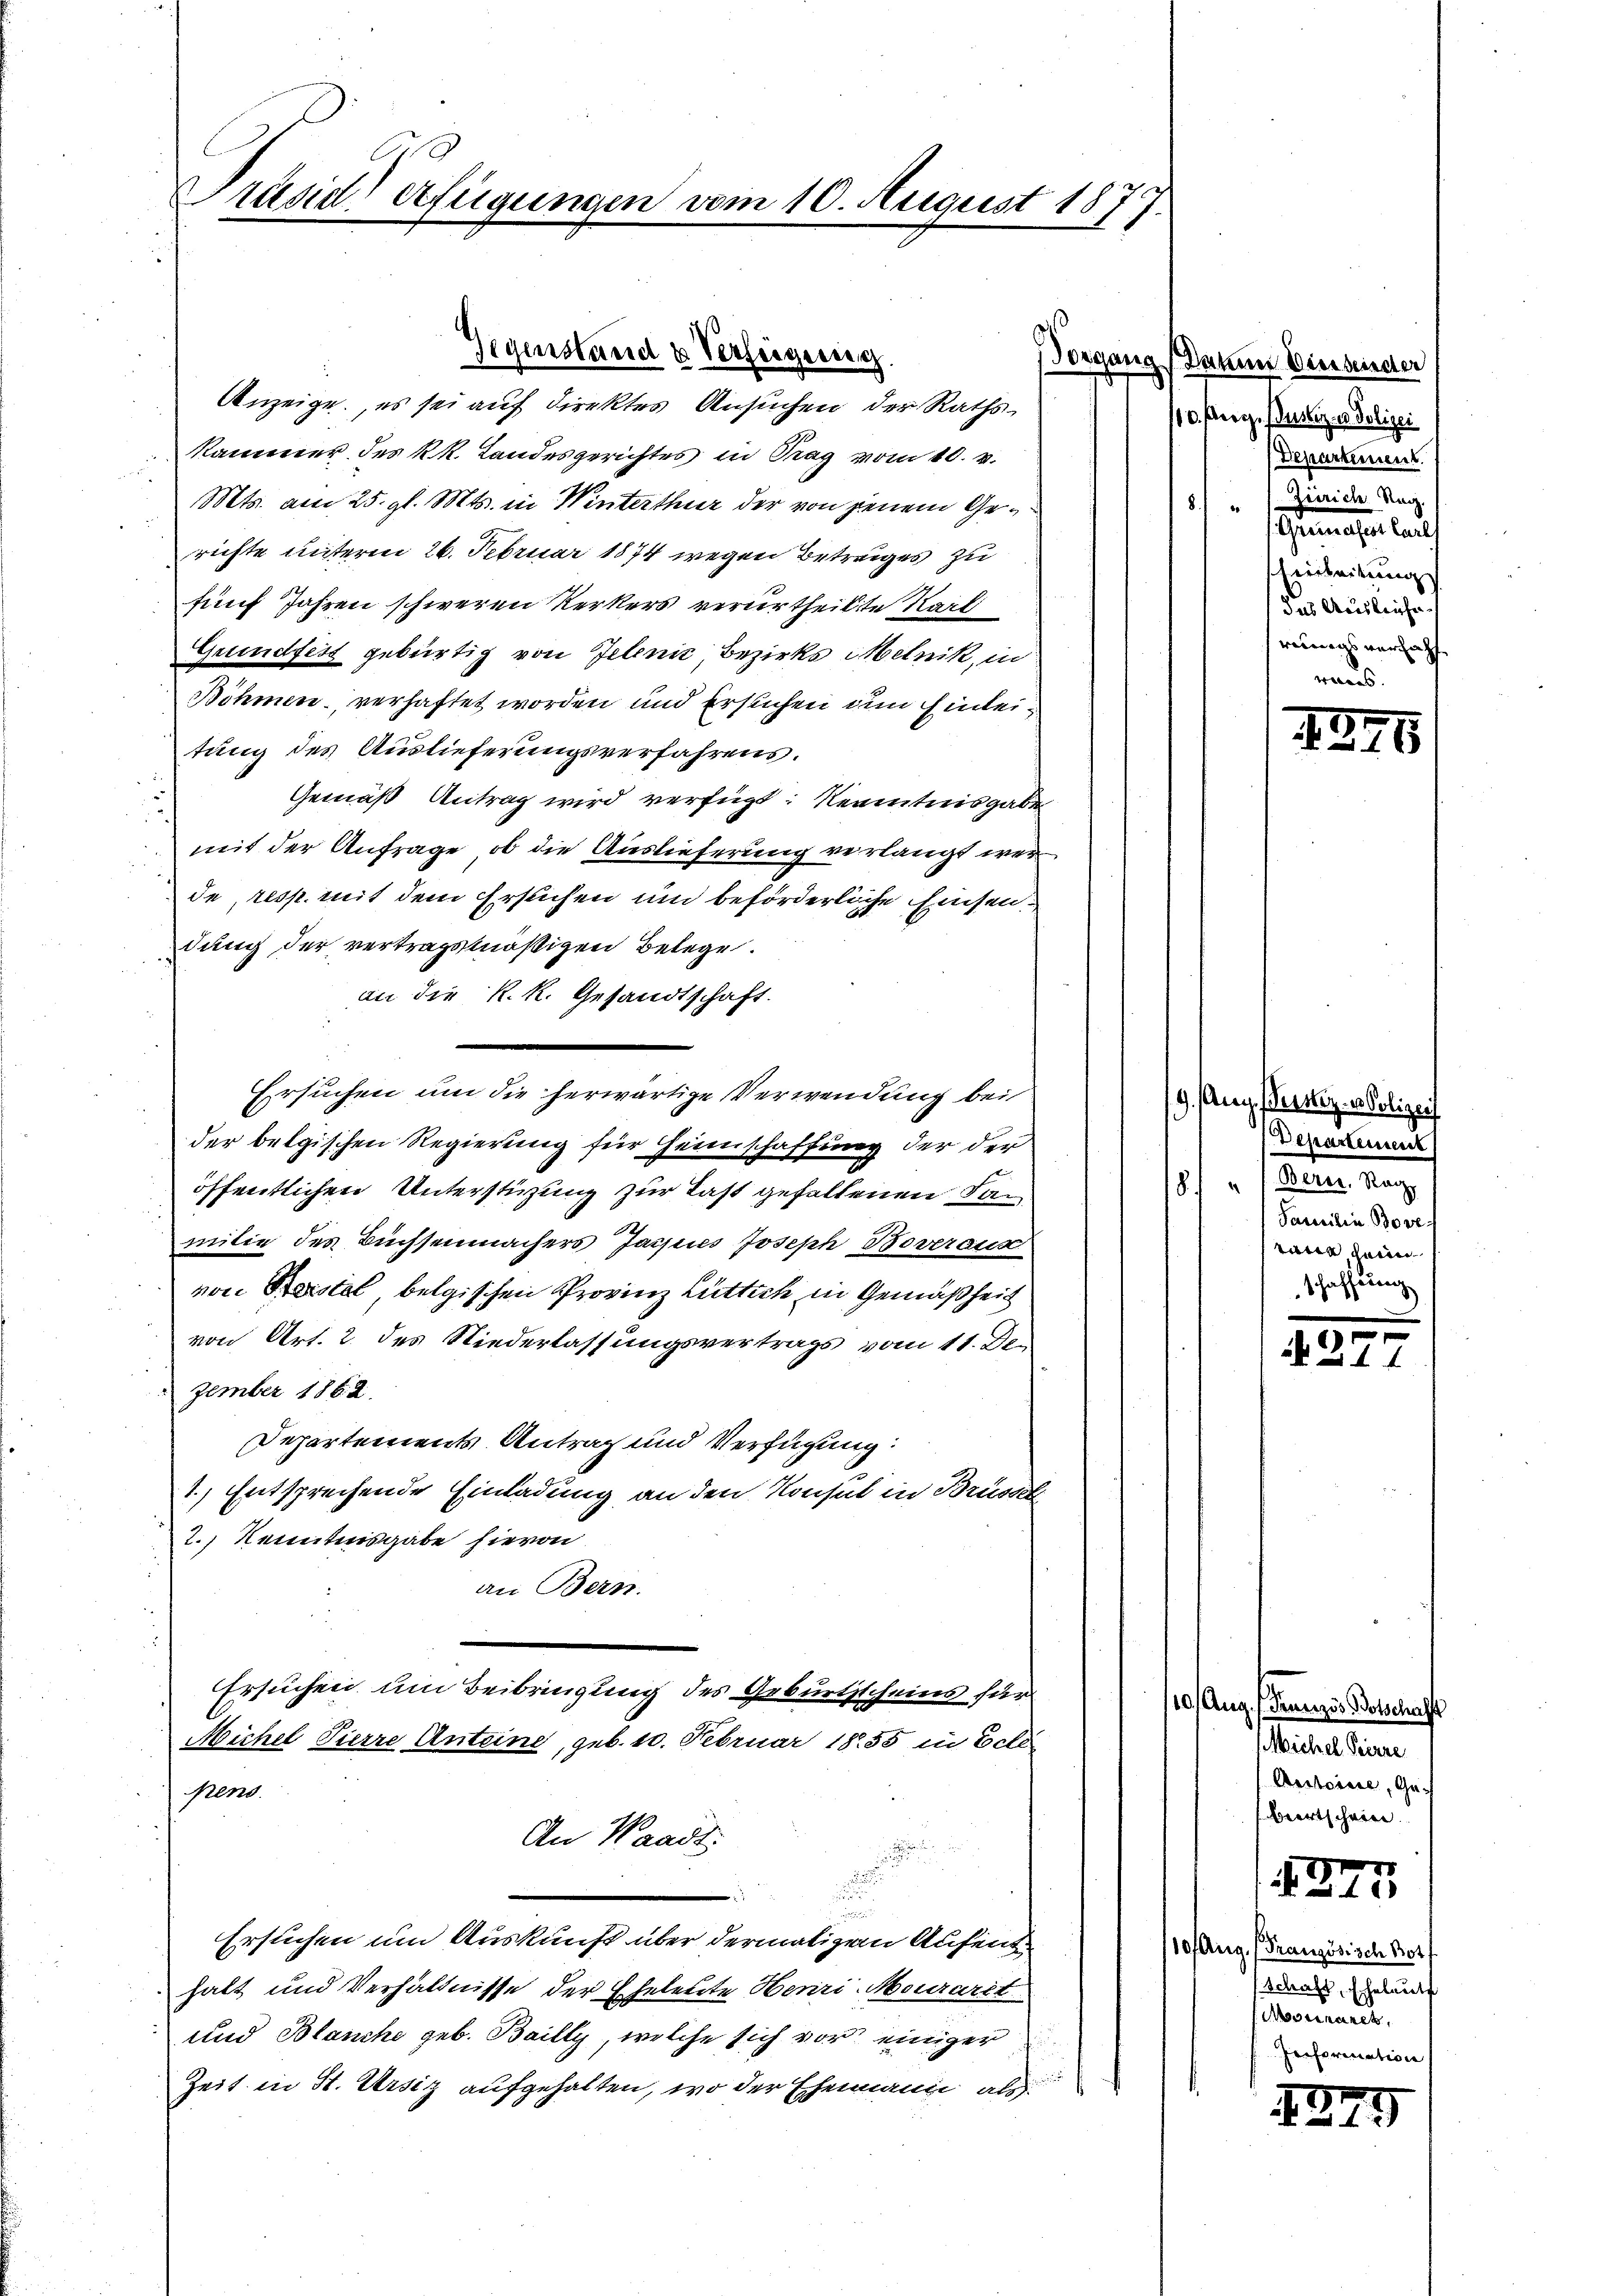
Präsidt erfügungen vom 10. August 187

Anzeige, es sei auf direktes Ansuchen der Rathskammer des k.k. Landesgerichtes in Tag vom 10. v.
Mts. am 25. gl. Mts. in Winterthur der von jenem Gerichte unterm 26. Februar 1874 wegen Betrages zu
fünf Jahren schweren Kerkers verurtheilte Karl
Grundfest gebürtig von Jelenić Bezirks Melnik, in
Böhmen verhaftet worden und Ersuchen um Einleitung des Auslieferungsverfahrens.
Gemäß Antrag wird verfügt: Kenntnisgabe
2
mit der Anfrage, ob die Auslieferung verlangt wer
de resp. mit dem Ersuchen und beförderliche Einsendung der vertragsmäßigen Belege.
an die k.k. Gesandtschaft.
Ersuchen um die herwärtige Verwendung bei
der belgischen Regierung für Heimschaffung der der
öffentlichen Unterstüzung zur Last gefallenen Dan
milie des Büchsenmachers Jacpies Joseph Boveraus
von Herstel, belgischen Provinz Lüttich in Gemäßheit
von Art. 2. des Niederlassungsvertrags vom 11. De-
zember 1862.
Departements Antrag und Verfügung:
1.) Entsprechende Einladung an den Konsul in Brüssel
2.) Kenntnisgabe hievon
an Bern.
.
Ersuchen um Beibringung des Geburtsscheins für
Michel Pierre Anteine, geb. 10. Februar 1855 in Edle
pens
An Waadt:

d
.

e

Ersuchen um Auskunft über dermaligem Aufende
halt und Verhältnisse der Eheleute Herizi-Mourarzt
und Blanche geb. Bailly, welche sich vor einiger
Zeit in St. Ursiz aufgehalten, wo der Ehenmann als

Gegenstand u Verfeigereg

Vorgang Daten Vierbeinder
10. Peerz. Justiz u. Polizei
Departement.
Zürich Nag
8.
Gemachen Cant
Verleitung
das Ausleihe
werungs versieht

1246

19. Aug. Perster- u Polizei
Departement
Bern. Reg
.
18.
Familie Bove
was dann

.

.

110 Aug. Prunzis Botschaffte
Michel Pierre
Aesteine, Ge-
biertschein

1247

10 Aug. (Französisch Bot
Schaft, Eheleut
Mosuranek,
Ieiformation

1247